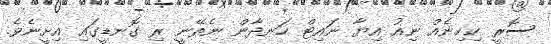
ސޮރީ ކިހިނެއް ނިއު އިޔާ ނައިޓް ހަނދާން ނެތޭނީ ރި ގޮނޑީގައި އިށީނެވެ.